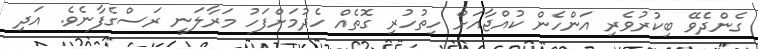
ގެންދެވޭ ބިކުރުވެރި އަންހެން ކުއްޖާއަށް ހިތުހުރި ގޮތެއް ހެދުމަށްފަހު މަރާލަނީ ރަސްގެފާނެވެ. އަދި